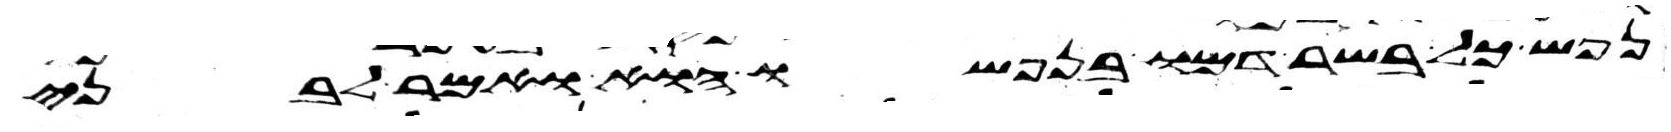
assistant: נפש כל בשר דמו בנפשו הוא ואמר לבני